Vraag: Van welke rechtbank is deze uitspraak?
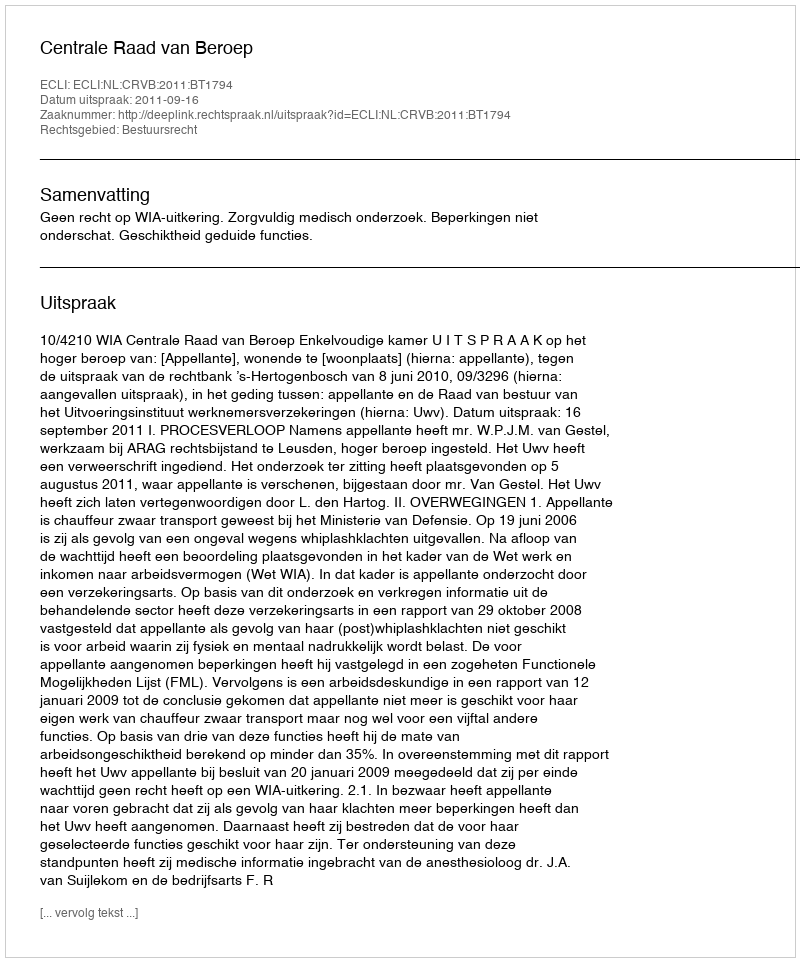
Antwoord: Centrale Raad van Beroep